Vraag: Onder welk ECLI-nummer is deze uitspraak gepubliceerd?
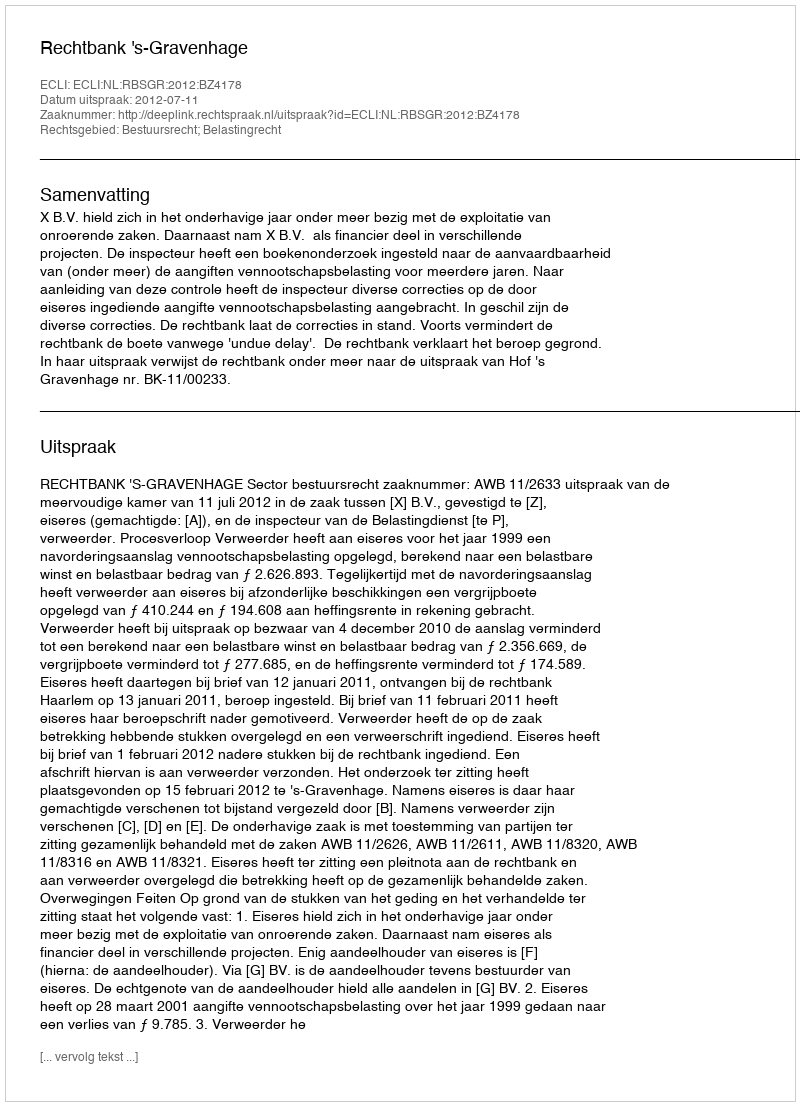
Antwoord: ECLI:NL:RBSGR:2012:BZ4178